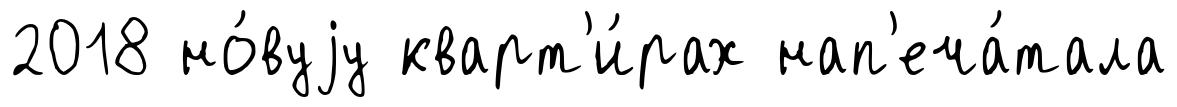
2018 но́вуjу кварт'и́рах нап'еча́тала